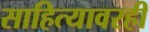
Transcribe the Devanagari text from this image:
साहित्यावरही